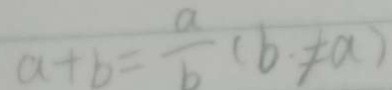
a + b = \frac { a } { b } ( b \neq a )